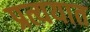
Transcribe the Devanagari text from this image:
प्रत्ययात